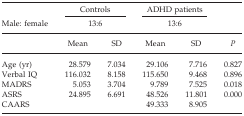
<table><thead><tr><td></td><td colspan="2"><b>Controls</b></td><td colspan="2"><b>ADHD patients</b></td><td></td></tr><tr><td><b>Male: female</b></td><td colspan="2"><b>13:6</b></td><td colspan="2"><b>13:6</b></td><td></td></tr><tr><td></td><td><b>Mean</b></td><td><b>SD</b></td><td><b>Mean</b></td><td><b>SD</b></td><td><b><i>P</i></b></td></tr></thead><tbody><tr><td>Age (yr)</td><td>28.579</td><td>7.034</td><td>29.106</td><td>7.716</td><td>0.827</td></tr><tr><td>Verbal IQ</td><td>116.032</td><td>8.158</td><td>115.650</td><td>9.468</td><td>0.896</td></tr><tr><td>MADRS</td><td>5.053</td><td>3.704</td><td>9.789</td><td>7.525</td><td>0.018</td></tr><tr><td>ASRS</td><td>24.895</td><td>6.691</td><td>48.526</td><td>11.801</td><td>0.000</td></tr><tr><td>CAARS</td><td></td><td></td><td>49.333</td><td>8.905</td><td></td></tr></tbody></table>